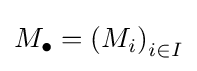
M_{\bullet }=\left(M_{i}\right)_{i\in I}